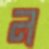
ন